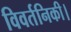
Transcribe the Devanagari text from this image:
विवर्तनिकी।